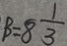
B = 8 \frac { 1 } { 3 }